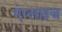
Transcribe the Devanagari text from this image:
एंप्लाइज